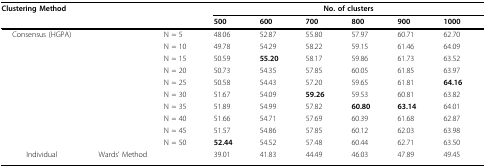
<table><thead><tr><td colspan="3"><b>Clustering Method</b></td><td colspan="6"><b>No. of clusters</b></td></tr><tr><td></td><td></td><td></td><td><b>500</b></td><td><b>600</b></td><td><b>700</b></td><td><b>800</b></td><td><b>900</b></td><td><b>1000</b></td></tr></thead><tbody><tr><td>Consensus (HGPA)</td><td></td><td>N = 5</td><td>48.06</td><td>52.87</td><td>55.80</td><td>57.97</td><td>60.71</td><td>62.70</td></tr><tr><td></td><td></td><td>N = 10</td><td>49.78</td><td>54.29</td><td>58.22</td><td>59.15</td><td>61.46</td><td>64.09</td></tr><tr><td></td><td></td><td>N = 15</td><td>50.59</td><td><b>55.20</b></td><td>58.17</td><td>59.86</td><td>61.73</td><td>63.52</td></tr><tr><td></td><td></td><td>N = 20</td><td>50.73</td><td>54.35</td><td>57.85</td><td>60.05</td><td>61.85</td><td>63.97</td></tr><tr><td></td><td></td><td>N = 25</td><td>50.58</td><td>54.43</td><td>57.20</td><td>59.65</td><td>61.81</td><td><b>64.16</b></td></tr><tr><td></td><td></td><td>N = 30</td><td>51.67</td><td>54.09</td><td><b>59.26</b></td><td>59.53</td><td>60.81</td><td>63.82</td></tr><tr><td></td><td></td><td>N = 35</td><td>51.89</td><td>54.99</td><td>57.82</td><td><b>60.80</b></td><td><b>63.14</b></td><td>64.01</td></tr><tr><td></td><td></td><td>N = 40</td><td>51.66</td><td>54.71</td><td>57.69</td><td>60.39</td><td>61.68</td><td>62.87</td></tr><tr><td></td><td></td><td>N = 45</td><td>51.57</td><td>54.86</td><td>57.85</td><td>60.12</td><td>62.03</td><td>63.98</td></tr><tr><td></td><td></td><td>N = 50</td><td><b>52.44</b></td><td>54.52</td><td>57.48</td><td>60.44</td><td>62.71</td><td>63.50</td></tr><tr><td>Individual</td><td>Wards&#x27; Method</td><td></td><td>39.01</td><td>41.83</td><td>44.49</td><td>46.03</td><td>47.89</td><td>49.45</td></tr></tbody></table>